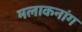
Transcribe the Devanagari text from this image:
मलाकनांग